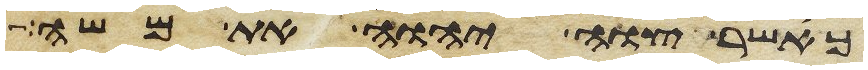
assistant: כאשר צוה יהוה את משה